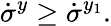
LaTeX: \dot{\sigma}^{y}\geq\dot{\sigma}^{y_{1}}.